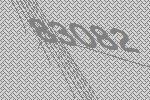
83082